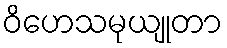
ဝိဟေသမုယျုတာ